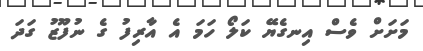
މަށަށް ވެސް އިނގެޔޭ ކަލޯ ހަމަ އެ އާރިފު ގެ ނުފޫޒު ގަދަ